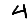
Digit: 4